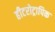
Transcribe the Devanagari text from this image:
हीटरोट्रापिक